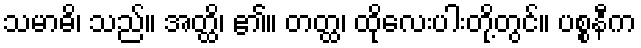
သမာဓိ၊ သည်။ အတ္ထိ၊ ၏။ တတ္ထ၊ ထိုလေးပါးတို့တွင်။ ပစ္စနီက